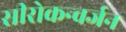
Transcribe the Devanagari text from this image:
सीरोकन्वर्जन